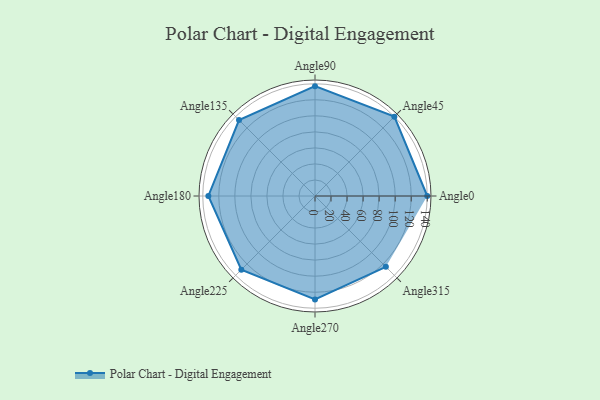
{"axis": {"x": "Angle", "y": "Radius"}, "legend": [""], "data": [{"x": "Angle0", "y": 140.0, "type": ""}, {"x": "Angle45", "y": 140.0, "type": ""}, {"x": "Angle90", "y": 137.0, "type": ""}, {"x": "Angle135", "y": 134.0, "type": ""}, {"x": "Angle180", "y": 133.0, "type": ""}, {"x": "Angle225", "y": 130.0, "type": ""}, {"x": "Angle270", "y": 129.0, "type": ""}, {"x": "Angle315", "y": 125.0, "type": ""}]}